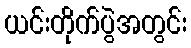
ယင်းတိုက်ပွဲအတွင်း